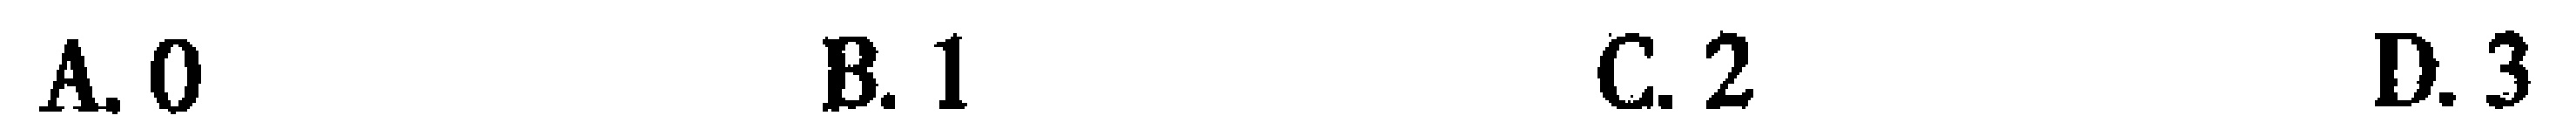
A. \(0\)  B. \(1\)  C. \(2\)  D. \(3\)